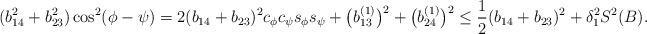
LaTeX: \begin{align*}(b_{14}^2+b_{23}^2)\cos^2(\phi-\psi) & = 2(b_{14}+b_{23})^2c_{\phi}c_{\psi}s_{\phi}s_{\psi} + \big{(}b_{13}^{(1)}\big{)}^2+\big{(}b_{24}^{(1)}\big{)}^2 \leq \frac{1}{2}(b_{14}+b_{23})^2 + \delta_1^2S^2(B).\end{align*}